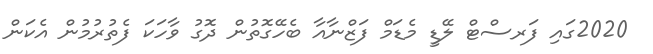
2020ގައި ފަރސްޓް ލޭޑީ މެޑަމް ފަޒްނާއާ ބެހޭގޮތުން ދޮގު ވާހަކަ ފެތުރުމުން އެކަން